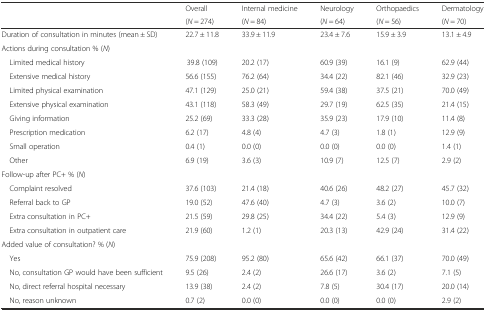
<table><thead><tr><td rowspan="2"></td><td><b>Overall</b></td><td><b>Internal medicine</b></td><td><b>Neurology</b></td><td><b>Orthopaedics</b></td><td><b>Dermatology</b></td></tr><tr><td><b>(<i>N</i> = 274)</b></td><td><b>(<i>N</i> = 84)</b></td><td><b>(<i>N</i> = 64)</b></td><td><b>(<i>N</i> = 56)</b></td><td><b>(<i>N</i> = 70)</b></td></tr></thead><tbody><tr><td>Duration of consultation in minutes (mean ± SD)</td><td>22.7 ± 11.8</td><td>33.9 ± 11.9</td><td>23.4 ± 7.6</td><td>15.9 ± 3.9</td><td>13.1 ± 4.9</td></tr><tr><td>Actions during consultation % (<i>N</i>)</td><td></td><td></td><td></td><td></td><td></td></tr><tr><td> Limited medical history</td><td>39.8 (109)</td><td>20.2 (17)</td><td>60.9 (39)</td><td>16.1 (9)</td><td>62.9 (44)</td></tr><tr><td> Extensive medical history</td><td>56.6 (155)</td><td>76.2 (64)</td><td>34.4 (22)</td><td>82.1 (46)</td><td>32.9 (23)</td></tr><tr><td> Limited physical examination</td><td>47.1 (129)</td><td>25.0 (21)</td><td>59.4 (38)</td><td>37.5 (21)</td><td>70.0 (49)</td></tr><tr><td> Extensive physical examination</td><td>43.1 (118)</td><td>58.3 (49)</td><td>29.7 (19)</td><td>62.5 (35)</td><td>21.4 (15)</td></tr><tr><td> Giving information</td><td>25.2 (69)</td><td>33.3 (28)</td><td>35.9 (23)</td><td>17.9 (10)</td><td>11.4 (8)</td></tr><tr><td> Prescription medication</td><td>6.2 (17)</td><td>4.8 (4)</td><td>4.7 (3)</td><td>1.8 (1)</td><td>12.9 (9)</td></tr><tr><td> Small operation</td><td>0.4 (1)</td><td>0.0 (0)</td><td>0.0 (0)</td><td>0.0 (0)</td><td>1.4 (1)</td></tr><tr><td> Other</td><td>6.9 (19)</td><td>3.6 (3)</td><td>10.9 (7)</td><td>12.5 (7)</td><td>2.9 (2)</td></tr><tr><td>Follow-up after PC+ % (<i>N</i>)</td><td></td><td></td><td></td><td></td><td></td></tr><tr><td> Complaint resolved</td><td>37.6 (103)</td><td>21.4 (18)</td><td>40.6 (26)</td><td>48.2 (27)</td><td>45.7 (32)</td></tr><tr><td> Referral back to GP</td><td>19.0 (52)</td><td>47.6 (40)</td><td>4.7 (3)</td><td>3.6 (2)</td><td>10.0 (7)</td></tr><tr><td> Extra consultation in PC+</td><td>21.5 (59)</td><td>29.8 (25)</td><td>34.4 (22)</td><td>5.4 (3)</td><td>12.9 (9)</td></tr><tr><td> Extra consultation in outpatient care</td><td>21.9 (60)</td><td>1.2 (1)</td><td>20.3 (13)</td><td>42.9 (24)</td><td>31.4 (22)</td></tr><tr><td>Added value of consultation? % (<i>N</i>)</td><td></td><td></td><td></td><td></td><td></td></tr><tr><td> Yes</td><td>75.9 (208)</td><td>95.2 (80)</td><td>65.6 (42)</td><td>66.1 (37)</td><td>70.0 (49)</td></tr><tr><td> No, consultation GP would have been sufficient</td><td>9.5 (26)</td><td>2.4 (2)</td><td>26.6 (17)</td><td>3.6 (2)</td><td>7.1 (5)</td></tr><tr><td> No, direct referral hospital necessary</td><td>13.9 (38)</td><td>2.4 (2)</td><td>7.8 (5)</td><td>30.4 (17)</td><td>20.0 (14)</td></tr><tr><td> No, reason unknown</td><td>0.7 (2)</td><td>0.0 (0)</td><td>0.0 (0)</td><td>0.0 (0)</td><td>2.9 (2)</td></tr></tbody></table>